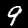
Label: 9